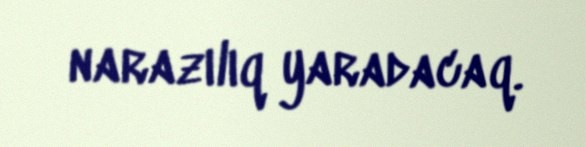
narazılıq yaradacaq.